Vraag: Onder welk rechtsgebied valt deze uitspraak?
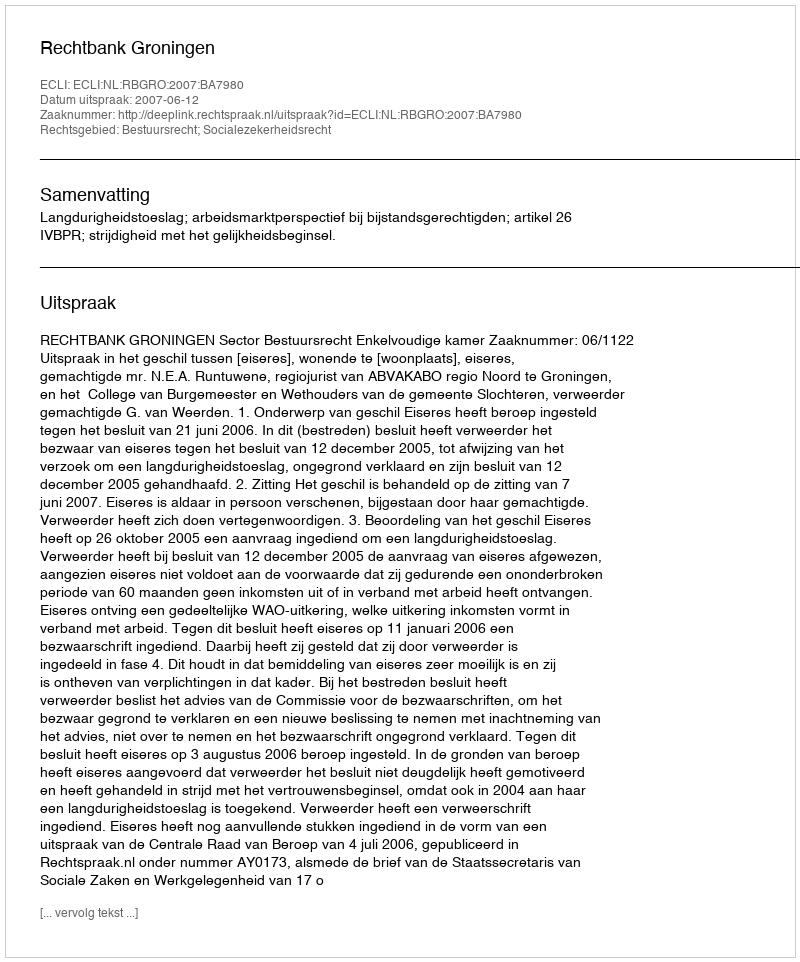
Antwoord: Bestuursrecht; Socialezekerheidsrecht